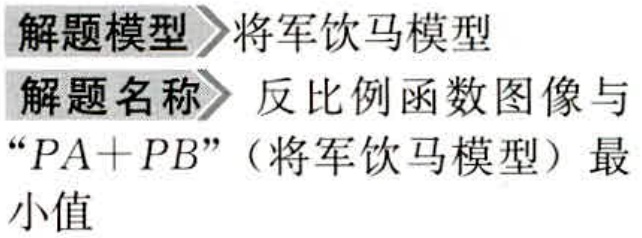
解题模型 将军饮马模型
解题名称 反比例函数图像与
“\(PA + PB\)”（将军饮马模型）最 小值